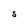
Character: S